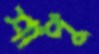
শাপু